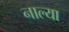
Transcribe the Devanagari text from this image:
नाल्या